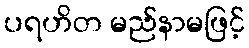
ပရဟိတ မည်နာမဖြင့်